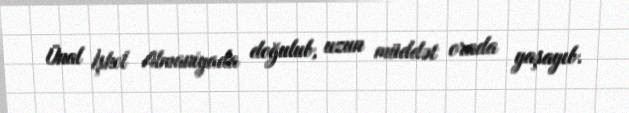
Ünal İşkol Almaniyada doğulub, uzun müddət orada yaşayıb.